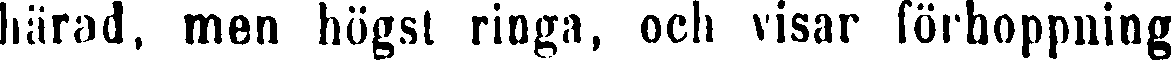
härad, men högst ringa, och visar förhoppning